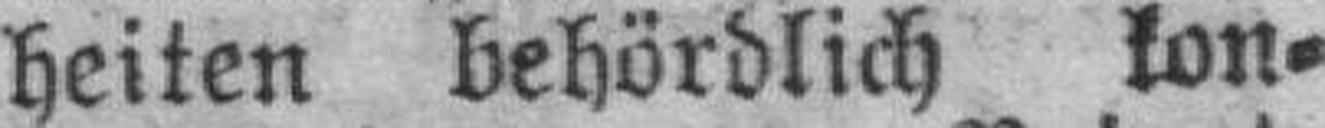
heiten behördlich kon¬